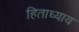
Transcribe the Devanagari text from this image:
हिताध्याय